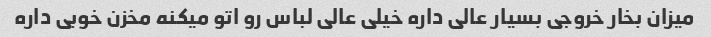
میزان بخار خروجی بسیار عالی داره خیلی عالی لباس رو اتو میکنه مخزن خوبی داره